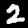
Digit: 2